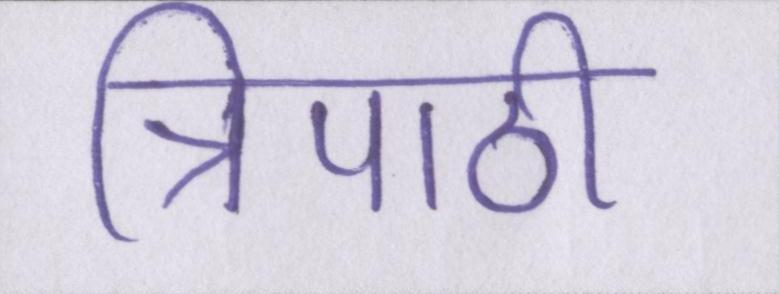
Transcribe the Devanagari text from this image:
त्रिपाठी